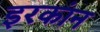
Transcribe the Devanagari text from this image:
इरकांन